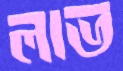
লাভ